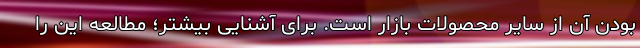
بودن آن از سایر محصولات بازار است. برای آشنایی بیشتر؛ مطالعه این را